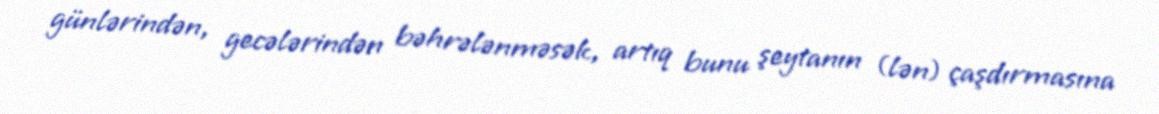
günlərindən, gecələrindən bəhrələnməsək, artıq bunu şeytanın (lən) çaşdırmasına